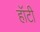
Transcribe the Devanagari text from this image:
हॉटी